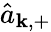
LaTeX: \hat{a}_{\mathbf{k},+}